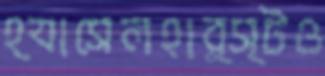
হ্যাসেলহার্স্টও